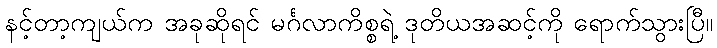
နင့်တာ့ကျယ်က အခုဆိုရင် မင်္ဂလာကိစ္စရဲ့ ဒုတိယအဆင့်ကို ရောက်သွားပြီ။